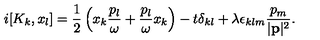
i [ K _ { k } , x _ { l } ] = \frac { 1 } { 2 } \left( x _ { k } \frac { p _ { l } } { \omega } + \frac { p _ { l } } { \omega } x _ { k } \right) - t \delta _ { k l } + \lambda \epsilon _ { k l m } \frac { p _ { m } } { | { \bf p } | ^ { 2 } } .